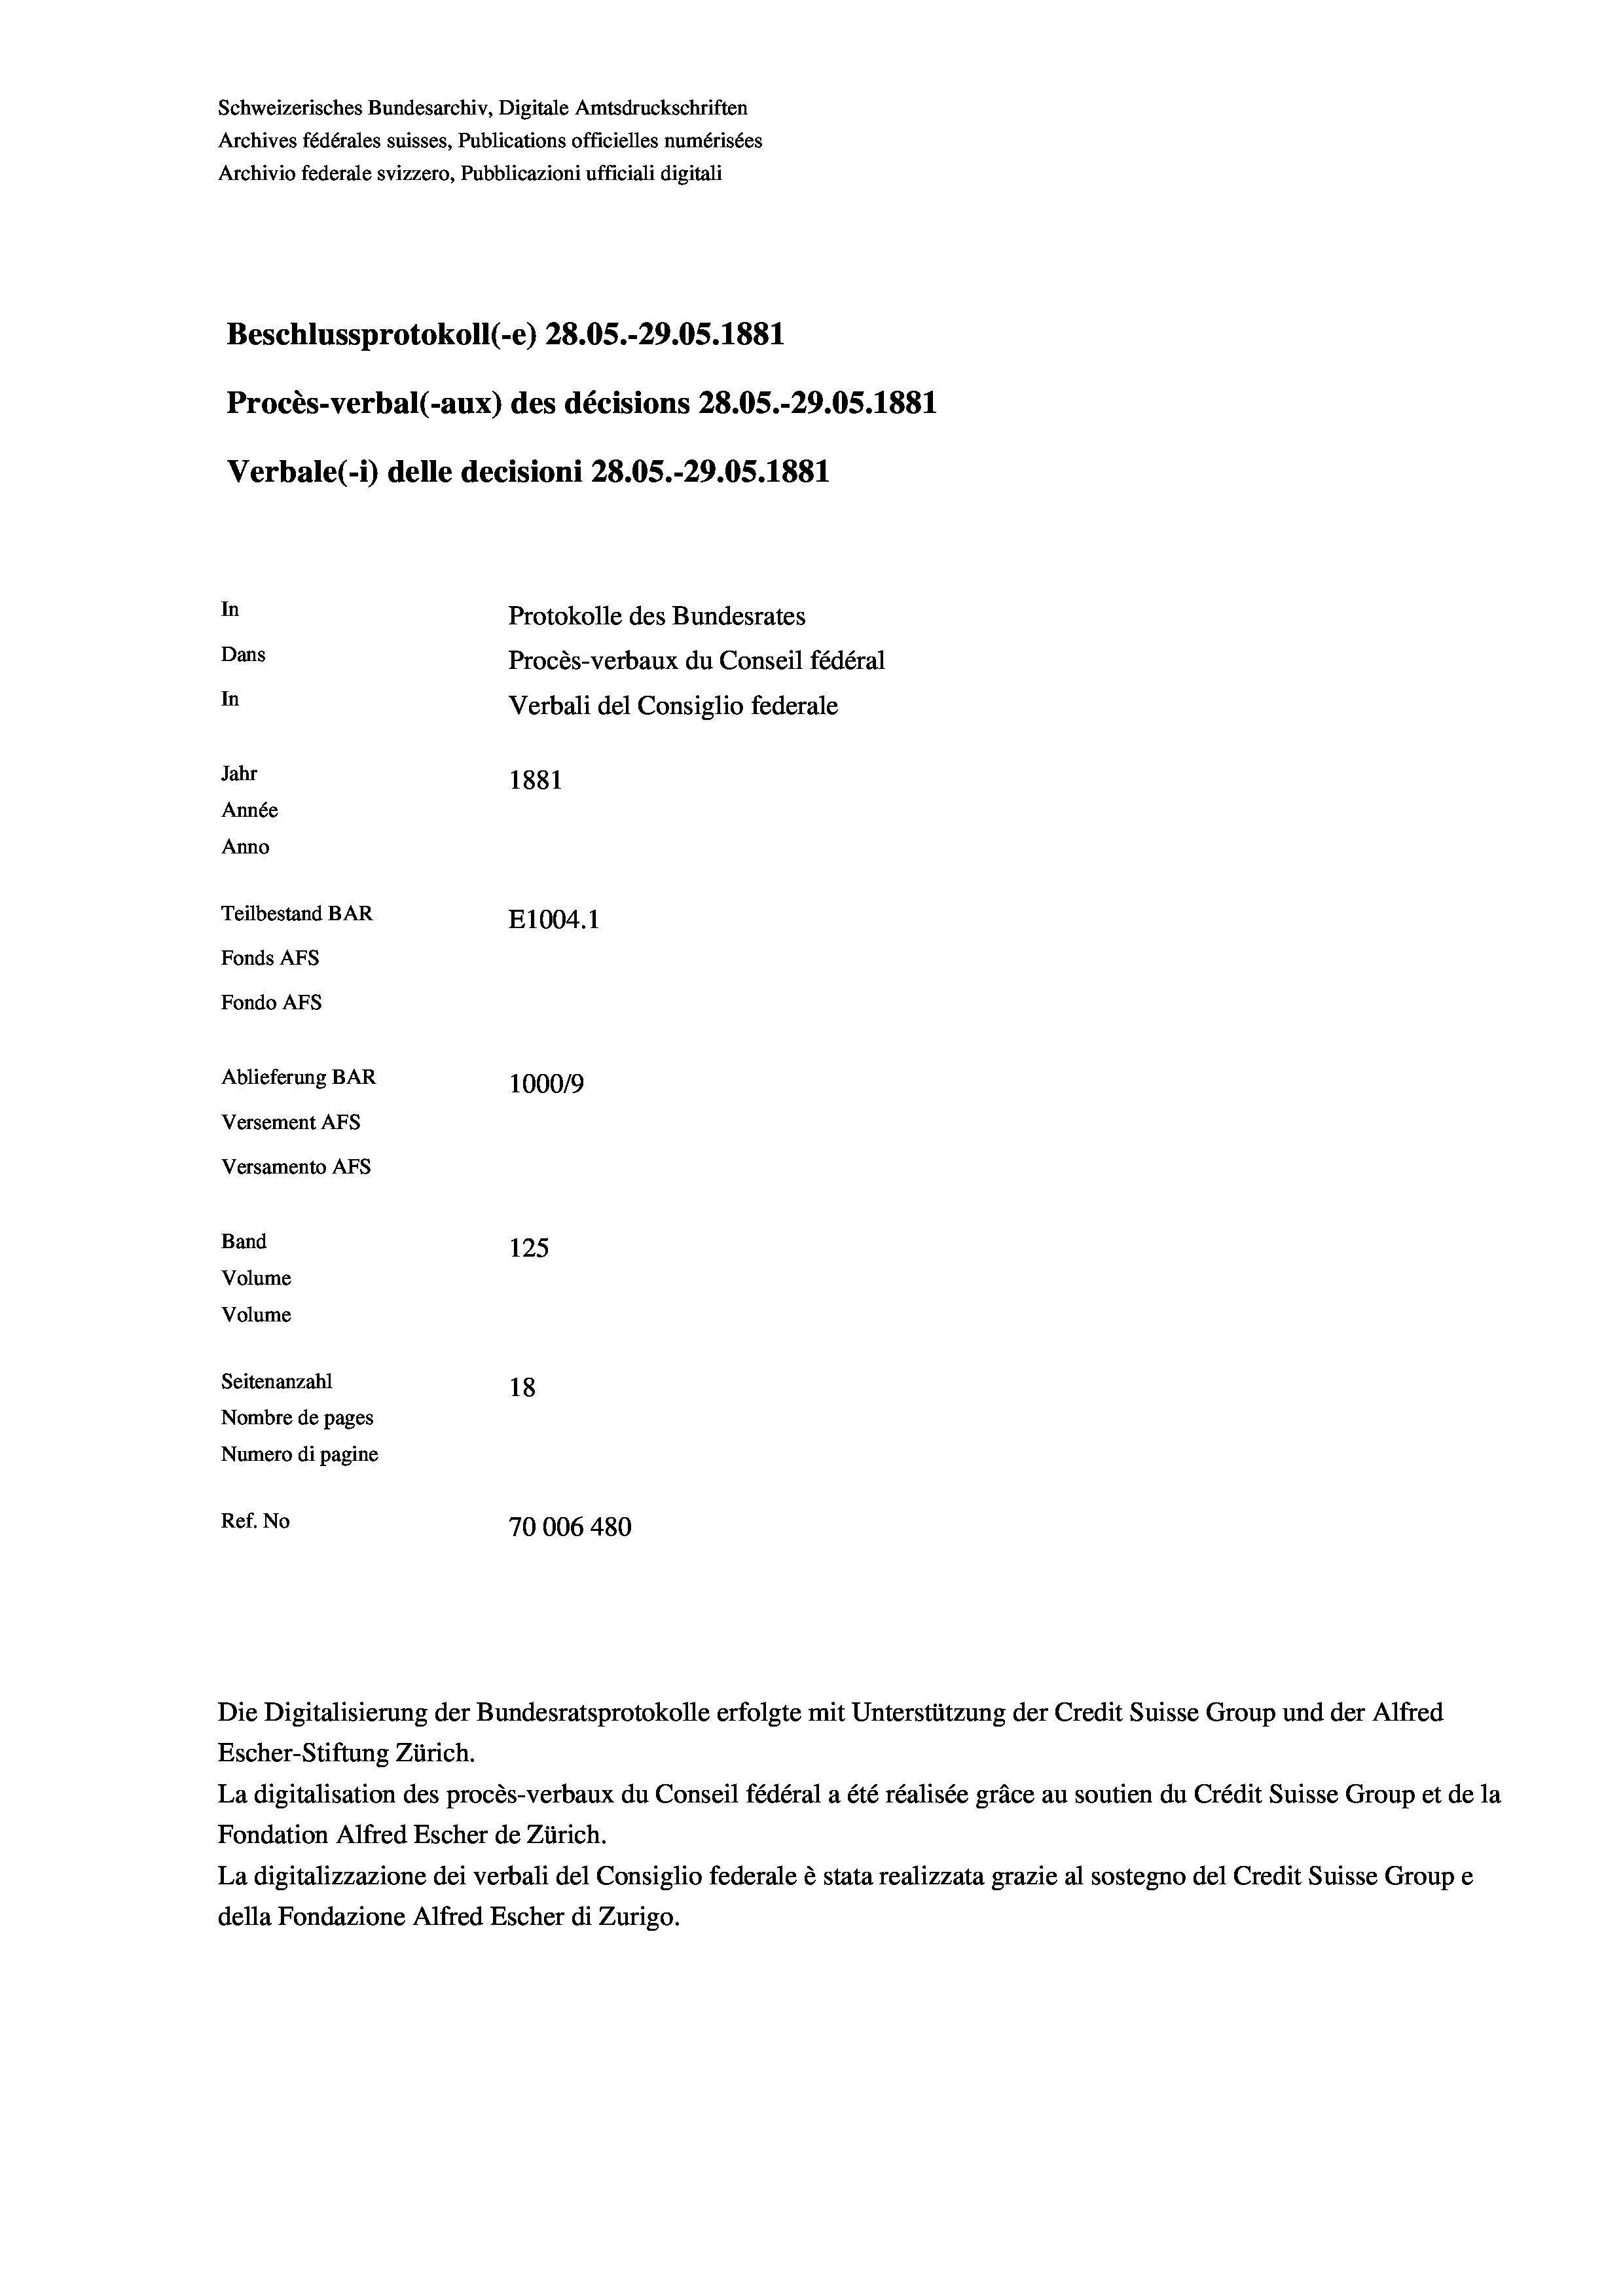
Schweizerisches Bundesarchiv, Digitale Amtsdruckschriften
Archives fédérales suisses, Publications officielles numérisées
Archivio federale svizzero, Pubblicazioni ufficiali digitali
Beschlussprotokoll (-e) 28.05.-29.05. 1881
Procès-verbal (-aux) des décisions 28.05.-29.05. 1881
Verbale(-*) delle decisioni 28.05.-29.05. 1881
In
Protokolle des Bundesrates
Dans
Procès-verbaux du Conseil fédéral
In
Verbali del Consiglio federale
Jahr
1881
Année
Anno
Teilbestand BAR
E1004. 1
Fonds AFs
Fondo Afs
Ablieferung BAR
100019
Versement AFs
Versamento Afs
Band
125
Volume
Volume

Seitenanzahl
18
Nombre de pages
Numero di pagine
Ref. No
70006 480

Die Digitalisierung der Bundesratsprotokolle erfolgte mit Unterstützung der Credit Suisse Group und der Alfred
Escher-Stiftung Zürich.
La digitalisation des procès-verbaux du Conseil fédéral a été réalisée gräce au soutien du Crédit Suisse Group et de la
Fondation Alfred Escher de Zürich.
La digitalizzazione dei verbali del Consiglio federale è stata realizzata grazie al sostegno del Credit Suisse Groupe
della Fondazione Alfred Escher di Zurigo.